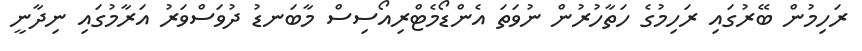
ރަހިމުން ބޭރުގައި ރަހިމުގެ ހަތާހުރުން ނުވަތަ އެންޑޯމެޓްރިއޯސިސް މާބަނޑު ދުވަސްވަރު އަރާމުގައި ނިދާނީ